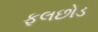
ફૂલછોડ